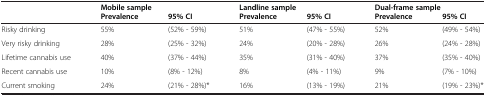
|  | <COLSPAN=2> Mobile sample | <COLSPAN=2> Landline sample | <COLSPAN=2> Dual-frame sample |
 | --- | --- | --- | --- | --- | --- | --- |
 |  | Prevalence | 95% CI | Prevalence | 95% CI | Prevalence | 95% CI |
 | Risky drinking | 55% | (52% - 59%) | 51% | (47% - 55%) | 52% | (49% - 54%) |
 | Very risky drinking | 28% | (25% - 32%) | 24% | (20% - 28%) | 26% | (24% - 28%) |
 | Lifetime cannabis use | 40% | (37% - 44%) | 35% | (31% - 40%) | 37% | (35% - 40%) |
 | Recent cannabis use | 10% | (8% - 12%) | 8% | (4% - 11%) | 9% | (7% - 10%) |
 | Current smoking | 24% | (21% - 28%)* | 16% | (13% - 19%) | 21% | (19% - 23%)* |